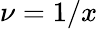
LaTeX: \nu=1/x